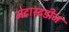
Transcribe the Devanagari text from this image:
मेटास्टडीज